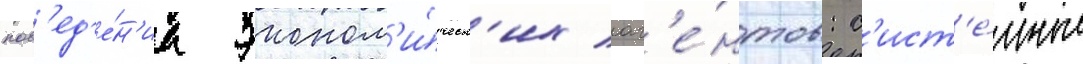
пов'ед'е́н'иа эконом'и́ческ'их аг'е́нтов: с'ист'е́мные